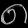
Digit: ၈